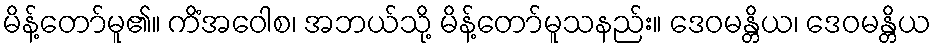
မိန့်တော်မူ၏။ ကိံအဝေါစ၊ အဘယ်သို့ မိန့်တော်မူသနည်း။ ဒေဝမန္တိယ၊ ဒေဝမန္တိယ